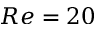
R e = 2 0